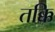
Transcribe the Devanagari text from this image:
तक्कि